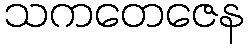
သကတေဇေန